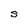
Character: S